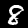
Label: 8